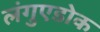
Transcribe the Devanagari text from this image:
लंगुएडोक